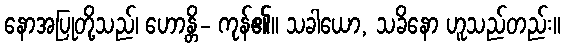
နောအပြုတို့သည်၊ ဟောန္တိ- ကုန်၏။ သခါယော, သခိနော ဟူသည်တည်း။